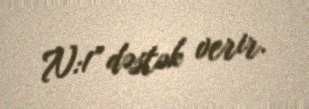
N:1” dəstək verir.